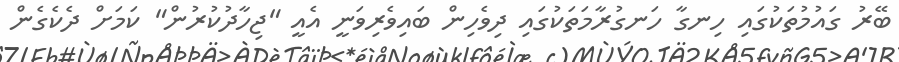
ބޭރު ގައުމުތަކުގައި ހިނގާ ހަނގުރާމަތަކުގައި ދިވެހިން ބައިވެރިވަނީ އެއީ "ޖިހާދުކުރުން" ކަމަށް ދެކެގެން